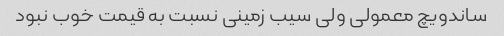
ساندویچ معمولی ولی سیب زمینی نسبت به قیمت خوب نبود